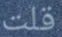
قلت